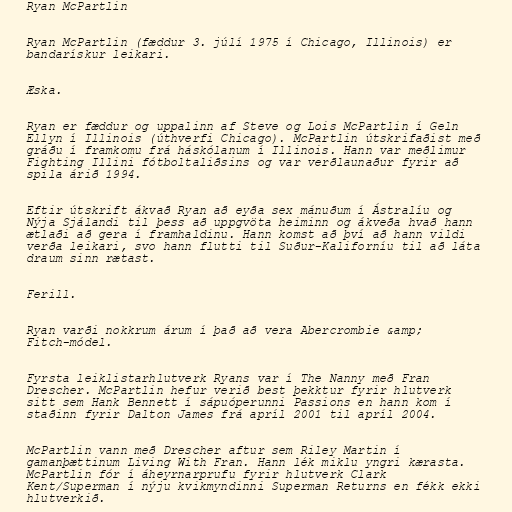
Ryan McPartlin

Ryan McPartlin (fæddur 3. júlí 1975 í Chicago, Illinois) er
bandarískur leikari.

Æska.

Ryan er fæddur og uppalinn af Steve og Lois McPartlin í Geln
Ellyn í Illinois (úthverfi Chicago). McPartlin útskrifaðist með
gráðu í framkomu frá háskólanum í Illinois. Hann var meðlimur
Fighting Illini fótboltaliðsins og var verðlaunaður fyrir að
spila árið 1994.

Eftir útskrift ákvað Ryan að eyða sex mánuðum í Ástralíu og
Nýja Sjálandi til þess að uppgvöta heiminn og ákveða hvað hann
ætlaði að gera í framhaldinu. Hann komst að því að hann vildi
verða leikari, svo hann flutti til Suður-Kaliforníu til að láta
draum sinn rætast.

Ferill.

Ryan varði nokkrum árum í það að vera Abercrombie &amp;
Fitch-módel.

Fyrsta leiklistarhlutverk Ryans var í The Nanny með Fran
Drescher. McPartlin hefur verið best þekktur fyrir hlutverk
sitt sem Hank Bennett í sápuóperunni Passions en hann kom í
staðinn fyrir Dalton James frá apríl 2001 til apríl 2004.

McPartlin vann með Drescher aftur sem Riley Martin í
gamanþættinum Living With Fran. Hann lék miklu yngri kærasta.
McPartlin fór í áheyrnarprufu fyrir hlutverk Clark
Kent/Superman í nýju kvikmyndinni Superman Returns en fékk ekki
hlutverkið.